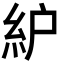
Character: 䋆